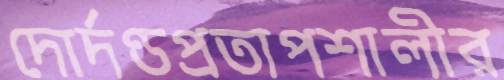
দোর্দণ্ডপ্রতাপশালীর